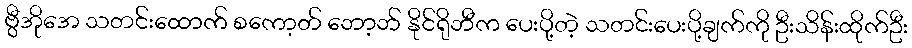
ဗွီအိုအေ သတင်းထောက် စကော့တ် ဘော့ဘ် နိုင်ရိုဘီက ပေးပို့တဲ့ သတင်းပေးပို့ချက်ကို ဦးသိန်းထိုက်ဦး